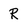
Character: R